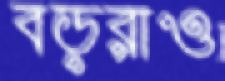
বড়রাও